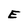
Character: E